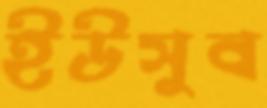
ইউসুব